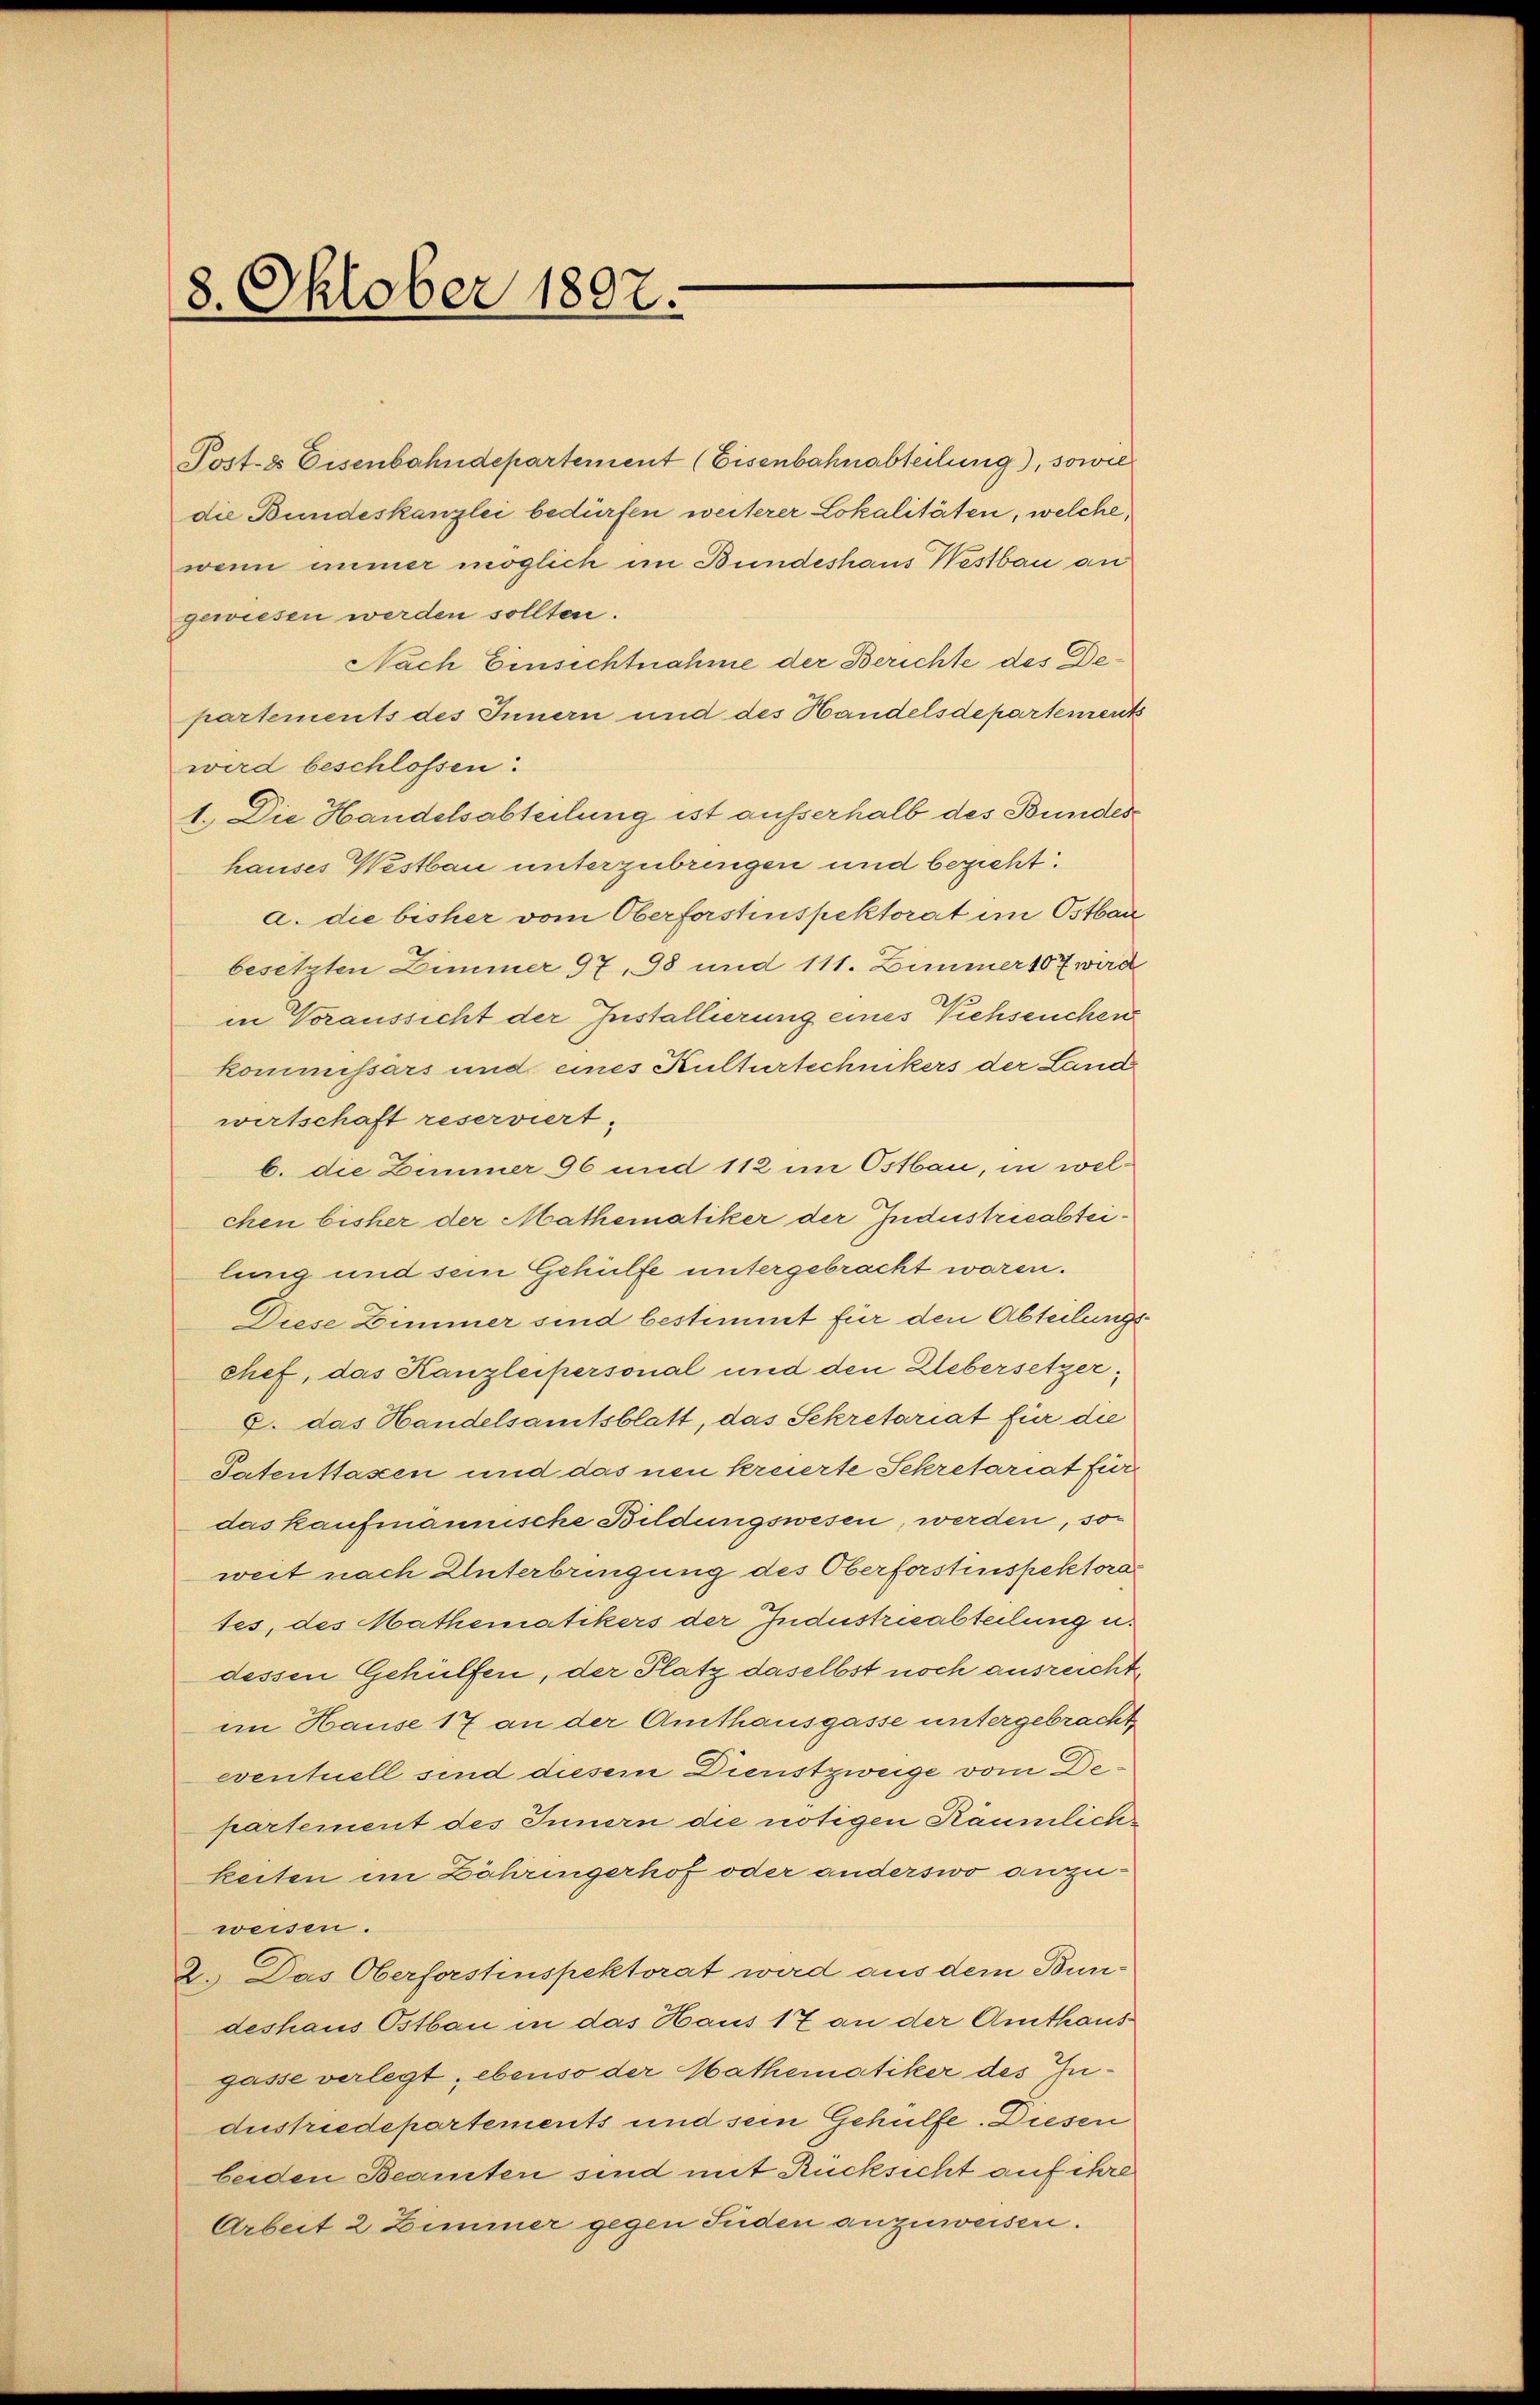
8. Oktober 1807.

gewiesen werden sollten.
Nach Einsichtnahme der Berichte des Departements des Innern und des Handelsdepartement
wird beschlossen:
1. Die Handelsabteilung ist aufserhalb des Bundes
hauses Westbau unterzubringen und bezieht.
a. die bisher vom Oberforstinspektorat im Ostbar
besetzten Zimmer 97, 98 und 111. Zimmer 187 wird
in Voraussicht der Installierung eines Viehseuchen
kommissärs und eines Kulturtechnikers der Land
wirtschaft reserviert.
b. die Zimmer 96 und 112 im Ostbau, in wel-
chen bisher der Mathematiker der Industricabteilung und sein Gehülfe untergebracht waren.
Diese Zimmer sind bestimmt für den Abteilungs
chef, das Kanzleipersonal und den Uebersetzer¬
8. das Handelsamtsblatt, das Sekretariat für die
Tatenttassen und das neu kreierte Sekretariat für
das kaufmannische Bildungswesen, werden, so
weit nach Unterbringung des Oberforstinspektorat
tes, des Mathematikers der Industrieabteilung u.
dessen Gehülfen, der Platz daselbst noch ausreicht
im Hause 17 an der Amthausgasse untergebracht,
eventuell sind diesem Dienstzweige vom Departement des Innern die nötigen Räumlich
keiten im Zähringerhof oder anderswo anzu-
weisen.
2. Das Oberforstinspektorat wird aus dem Bun-
deshaus Ostbau in das Haus 17 an der Amthaus
gasse verlegt; ebenso der Mathematiker des Zu¬
Austriedepartements und sein Gehülfe. Diesen
beiden Beamten sind mit Rücksicht auf ihre
Arbeit 2 Zimmer gegen Süden anzuweisen.

Post-es Eisenbahndepartement (Eisenbahnabteilung), sowie
die Bundeskanzlei bedürfen weiterer Lokalitäten, welche,
wenn immer möglich im Bundeshaus Westbau an